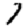
Digit: 7